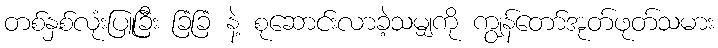
တစ်နှစ်လုံးပြူခြီး ခြံခြံ နဲ့ စုဆောင်းလာခဲ့သမျှကို ကျွန်တော်အုတ်ဖုတ်သမား